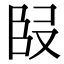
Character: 𭆬